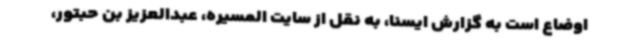
اوضاع است به گزارش ایسنا، به نقل از سایت المسیره، عبدالعزیز بن حبتور،